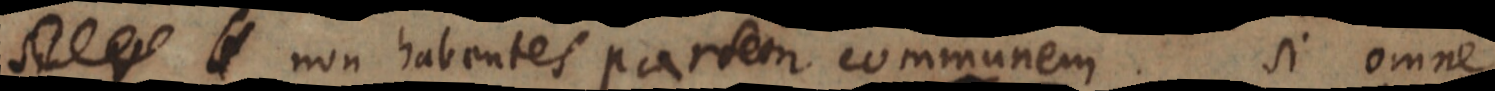
_ non habentes partem communem. si omne